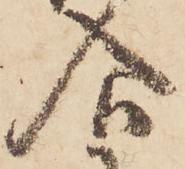
合